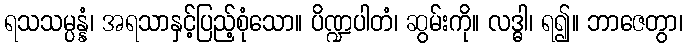
ရသသမ္ပန္နံ၊ အရသာနှင့်ပြည့်စုံသော။ ပိဏ္ဍပါတံ၊ ဆွမ်းကို။ လဒ္ဓါ၊ ရ၍။ ဘာဇေတွာ၊